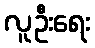
လူဦးရေး